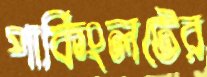
পার্কিংলটের